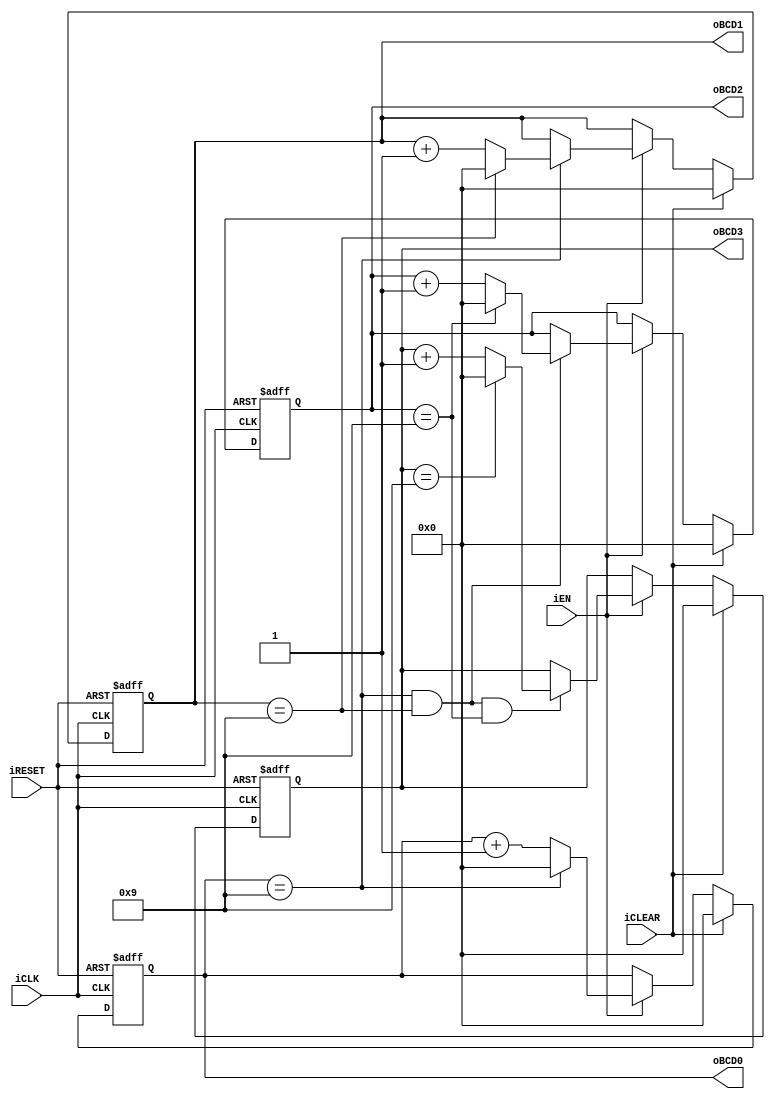
module bcd_counter
	(
		input wire iCLK, iRESET,
		input wire iCLEAR, iEN,
		output wire [3:0] oBCD3, oBCD2, oBCD1, oBCD0
	);

	reg [3:0] bcd3_reg, bcd2_reg, bcd1_reg, bcd0_reg;
	reg [3:0] bcd3_next, bcd2_next, bcd1_next, bcd0_next;

	always @(posedge iCLK, posedge iRESET)
		if (iRESET)
			begin
				bcd3_reg <= 4'b0;
				bcd2_reg <= 4'b0;
				bcd1_reg <= 4'b0;
				bcd0_reg <= 4'b0;
			end
		else
			begin
				bcd3_reg <= bcd3_next;
				bcd2_reg <= bcd2_next;
				bcd1_reg <= bcd1_next;
				bcd0_reg <= bcd0_next;
			end

	always @*
	begin
		bcd3_next = bcd3_reg;
		bcd2_next = bcd2_reg;
		bcd1_next = bcd1_reg;
		bcd0_next = bcd0_reg;

		if (iCLEAR)
			begin
				bcd3_next = 4'b0;
				bcd2_next = 4'b0;
				bcd1_next = 4'b0;
				bcd0_next = 4'b0;
			end
		else if (iEN)
			begin
				if (bcd0_reg == 4'd9)
					bcd0_next = 4'd0;
				else
					bcd0_next = bcd0_reg + 1;

				if (bcd0_reg == 4'd9)
					if (bcd1_reg == 4'd9)
						bcd1_next = 4'd0;
					else
						bcd1_next = bcd1_reg + 1;
						
				if (bcd0_reg == 4'd9 && bcd1_reg == 4'd9)
					if (bcd2_reg == 4'd9)
						bcd2_next = 4'd0;
					else
						bcd2_next = bcd2_reg + 1;

				if (bcd0_reg == 4'd9 && bcd1_reg == 4'd9 && bcd2_reg == 4'd9)
					if (bcd3_reg == 4'd9)
						bcd3_next = 4'd0;
					else
						bcd3_next = bcd3_reg + 1;
			end
	end

	assign oBCD3 = bcd3_reg;
	assign oBCD2 = bcd2_reg;
	assign oBCD1 = bcd1_reg;
	assign oBCD0 = bcd0_reg;
endmodule